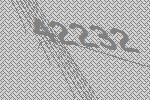
42232